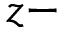
z -